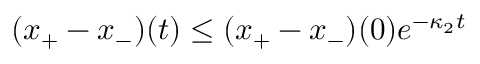
( x _ { + } - x _ { - } ) ( t ) \leq ( x _ { + } - x _ { - } ) ( 0 ) e ^ { - \kappa _ { 2 } t }